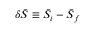
\delta \bar { S } \equiv \bar { S } _ { i } - \bar { S } _ { f }